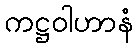
ကဋ္ဌဝါဟာနံ